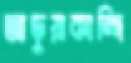
আড়ুয়াকান্দি